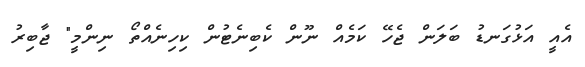
އެއީ އަޅުގަނޑު ބަލަން ޖެހޭ ކަމެއް ނޫން ކެބިނެޓުން ކިހިނެއްތޯ ނިންމީ" ޖާބިރު